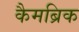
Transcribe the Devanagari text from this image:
कैमब्रिक